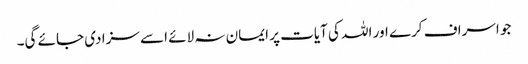
جو اسراف کرے اور اللہ کی آیات پر ایمان نہ لائے اسے سزا دی جائے گی۔